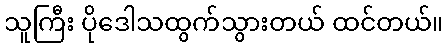
သူကြီး ပိုဒေါသထွက်သွားတယ် ထင်တယ်။